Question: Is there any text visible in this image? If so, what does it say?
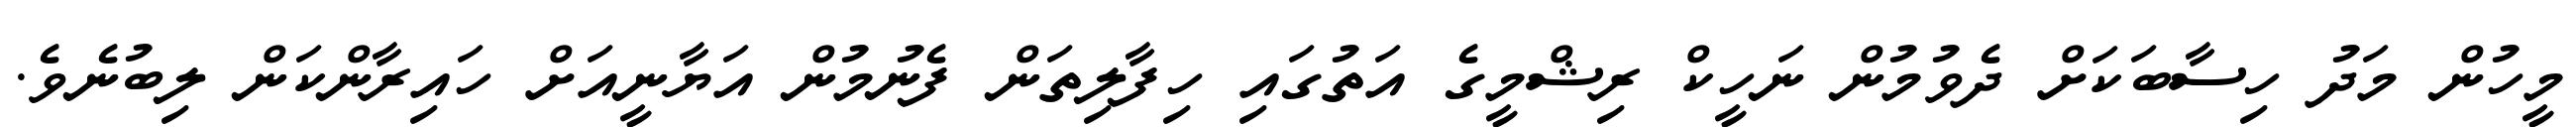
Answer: މީހުން މަދު ހިސާބަކަށް ދެވުމުން ނަހީކް ރިޝްމީގެ އަތުގައި ހިފާލިތަން ފެނުމުން އަޔާނީއަށް ހައިރާންކަން ލިބުނެވެ.